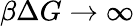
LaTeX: \beta\Delta G\rightarrow\infty